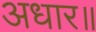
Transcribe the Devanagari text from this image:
अधार॥